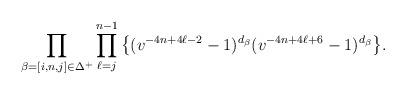
LaTeX: \begin{align*} \prod_{\beta=[i,n,j]\in \Delta^{+}}\prod_{\ell=j}^{n-1} \big\{(v^{-4n+4\ell-2}-1)^{d_{\beta}}(v^{-4n+4\ell+6}-1)^{d_{\beta}}\big\}.\end{align*}